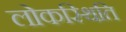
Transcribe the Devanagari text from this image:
लोकस्थिति